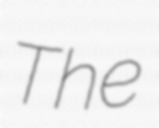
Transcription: The